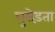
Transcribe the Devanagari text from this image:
घुसेड़ता